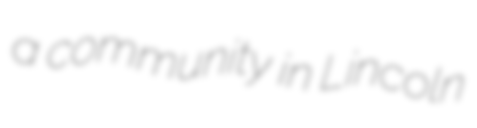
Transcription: a community in Lincoln